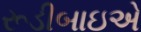
રૂડીબાઇએ